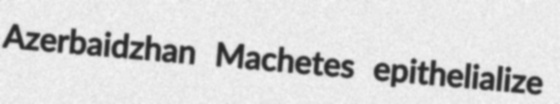
Azerbaidzhan Machetes epithelialize